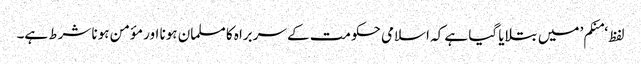
لفظ ‘منکم’ میں بتلایا گیا ہے کہ اسلامی حکومت کے سربراہ کا مسلمان ہونا اور مؤمن ہونا شرط ہے۔